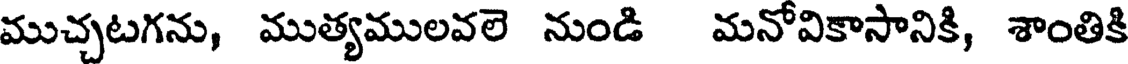
ముచ్చటగను, ముత్యములవలె నుండి మనోవికాసానికి, శాంతికి